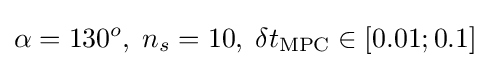
\alpha =130^{o},\;n_{s}=10,\;\delta t_{\mathrm {MPC} }\in [0.01;0.1]